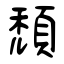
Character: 頹